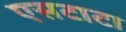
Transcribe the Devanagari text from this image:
एसटाटा